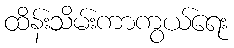
ထိန်းသိမ်းကာကွယ်ရေး